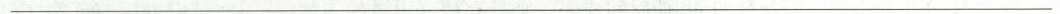
___